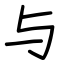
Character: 与